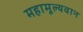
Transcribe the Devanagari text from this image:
महामूल्यवान